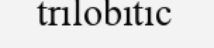
trilobitic